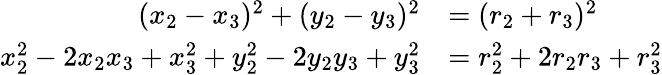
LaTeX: \begin{array}{rl}{(x_{2}-x_{3})^{2}+(y_{2}-y_{3})^{2}}&{=(r_{2}+r_{3})^{2}}\\ {x_{2}^{2}-2x_{2}x_{3}+x_{3}^{2}+y_{2}^{2}-2y_{2}y_{3}+y_{3}^{2}}&{=r_{2}^{2}+2r_{2}r_{3}+r_{3}^{2}}\end{array}